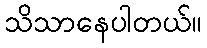
သိသာနေပါတယ်။